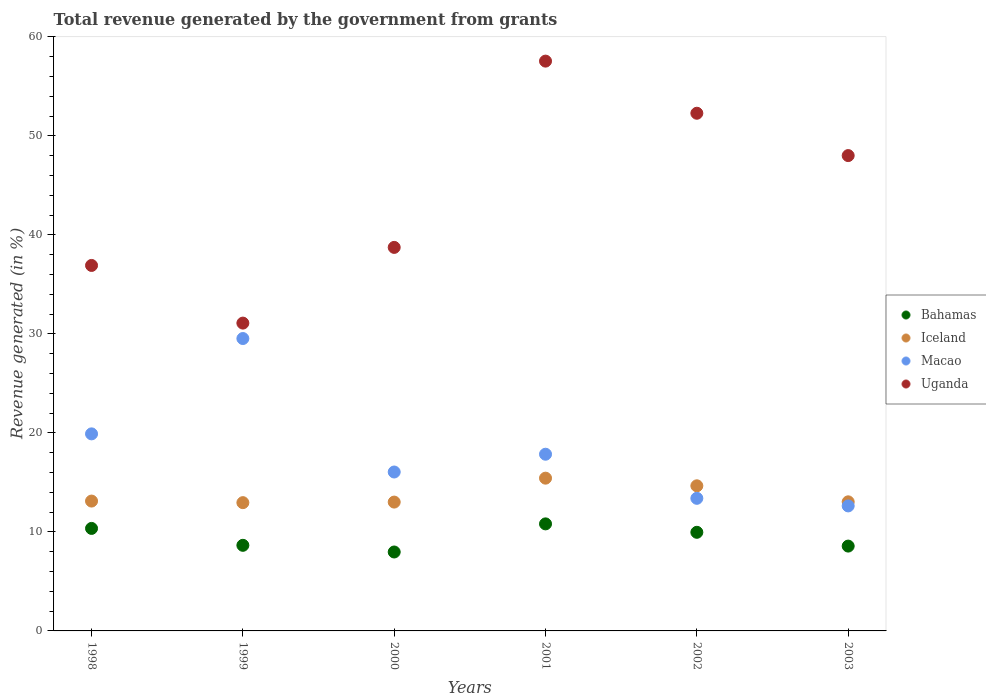
| Years | Bahamas | Iceland | Macao | Uganda |
 | --- | --- | --- | --- | --- |
 | 1998 | 10.4 | 13.1 | 19.9 | 36.9 |
 | 1999 | 8.64 | 13 | 29.5 | 31.1 |
 | 2000 | 7.97 | 13 | 16 | 38.7 |
 | 2001 | 10.8 | 15.4 | 17.8 | 57.5 |
 | 2002 | 9.96 | 14.7 | 13.4 | 52.3 |
 | 2003 | 8.57 | 13 | 12.6 | 48 |